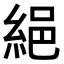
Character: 𦀕